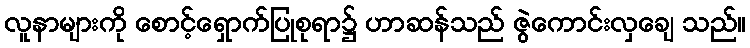
လူနာများကို စောင့်ရှောက်ပြုစုရာ၌ ဟာဆန်သည် ဇွဲကောင်းလှချေ သည်။